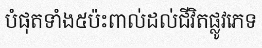
បំផុតទាំង៥ប៉ះពាល់ដល់ជីវិតផ្លូវភេទ